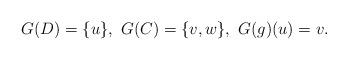
LaTeX: \begin{align*}G(D) = \{u\},\ G(C) = \{v,w\},\ G(g)(u) = v.\end{align*}